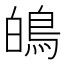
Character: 䳆